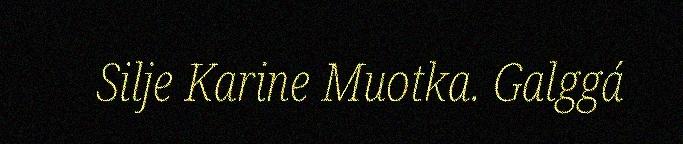
Silje Karine Muotka. Galggá